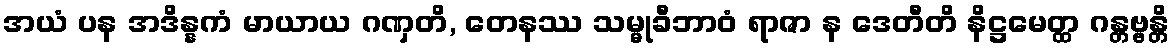
အယံ ပန အဒိန္နကံ မာယာယ ဂဏှတိ, တေနဿ သမ္မုခီဘာဝံ ရာဇာ န ဒေတီတိ နိဋ္ဌမေတ္ထ ဂန္တဗ္ဗန္တိ